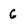
Character: 6